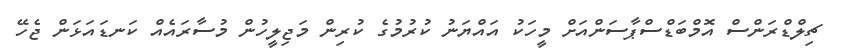
ޗިލްޑްރަންސް އޮމްބަޑްސްޕާސަންއަށް މީހަކު އައްޔަނު ކުރުމުގެ ކުރިން މަޖިލީހުން މުސާރައެއް ކަނޑައަޅަން ޖެހޭ